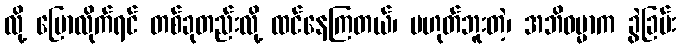
လို့ ပြောလိုက်ရင် တစ်ခုတည်းလို့ ထင်နေကြတယ်၊ မဟုတ်ဘူးတဲ့၊ အဘိဓမ္မာက ခွဲခြမ်း